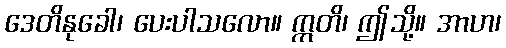
ဒေတိနုခေါ၊ ပေးပါသလော။ ဣတိ၊ ဤသို့။ အာဟ၊